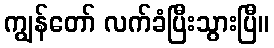
ကျွန်တော် လက်ခံပြီးသွားပြီ။